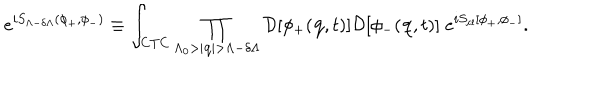
e ^ { i S _ { \Lambda - \delta \Lambda } ( \phi _ { + } , \phi _ { - } ) } \equiv \int _ { \mathrm { C T C } } \prod _ { \Lambda _ { 0 } > | { \bf q } | > \Lambda - \delta \Lambda } { \cal D } [ \phi _ { + } ( { \bf q } , t ) ] { \cal D } [ \phi _ { - } ( { \bf q } , t ) ] \; e ^ { i S _ { \mathrm { c l } } [ \phi _ { + } , \phi _ { - } ] } .